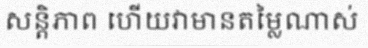
សន្តិភាព ហើយវាមានតម្លៃណាស់